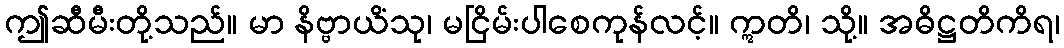
ဤဆီမီးတို့သည်။ မာ နိဗ္ဗာယိံသု၊ မငြိမ်းပါစေကုန်လင့်။ ဣတိ၊ သို့။ အဓိဋ္ဌတိကိရ၊